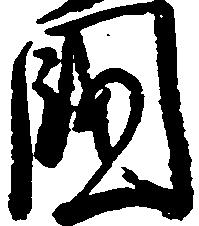
国